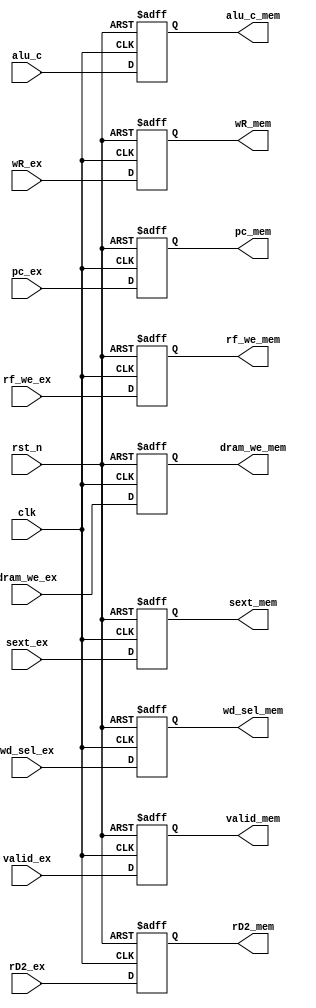
`timescale 1ns / 1ps
//////////////////////////////////////////////////////////////////////////////////
// Company: 
// Engineer: 
// 
// Design Name: 
// Module Name: EX_MEM_reg
// Project Name: 
// Target Devices: 
// Tool Versions: 
// Description: 
// 
// Dependencies: 
// 
// Revision:
// Revision 0.01 - File Created
// Additional Comments:
// 
//////////////////////////////////////////////////////////////////////////////////


module EX_MEM_reg(
    input clk,
    input rst_n,
    input rf_we_ex,
    input dram_we_ex,
    input valid_ex,
    input [1:0] wd_sel_ex,
    input [4:0] wR_ex,
    input [31:0] sext_ex,
    input [31:0] pc_ex,
    input [31:0] alu_c,
    input [31:0] rD2_ex,
    output reg rf_we_mem,
    output reg dram_we_mem,
    output reg [1:0] wd_sel_mem,
    output reg valid_mem,
    output reg [4:0] wR_mem,
    output reg [31:0] sext_mem,
    output reg [31:0] pc_mem,
    output reg [31:0] alu_c_mem,
    output reg [31:0] rD2_mem
    );
    
    always @ (posedge clk or negedge rst_n) begin    
        if(~rst_n) rf_we_mem <= 1'b0;    
        else       rf_we_mem <= rf_we_ex;    
    end      
    
    always @ (posedge clk or negedge rst_n) begin    
        if(~rst_n) wR_mem <= 5'b00000;    
        else       wR_mem <= wR_ex;    
    end      
    
    
    always @ (posedge clk or negedge rst_n) begin
        if(~rst_n) dram_we_mem <= 1'b0;
        else       dram_we_mem <= dram_we_ex;
    end
    
    always @ (posedge clk or negedge rst_n) begin
        if(~rst_n) wd_sel_mem <= 2'b00;
        else       wd_sel_mem <= wd_sel_ex;
    end    
    
    always @ (posedge clk or negedge rst_n) begin
        if(~rst_n) sext_mem <= 32'h00000000;
        else       sext_mem <= sext_ex;
    end   
    
    always @ (posedge clk or negedge rst_n) begin
        if(~rst_n) pc_mem <= 32'h0;
        else       pc_mem <= pc_ex;
    end     
    
    always @ (posedge clk or negedge rst_n) begin
        if(~rst_n) alu_c_mem <= 32'h00000000;
        else       alu_c_mem <= alu_c;
    end   
    
    always @ (posedge clk or negedge rst_n) begin
        if(~rst_n) rD2_mem <= 32'h00000000;
        else       rD2_mem <= rD2_ex;
    end     
    
    always @ (posedge clk or negedge rst_n) begin
        if(~rst_n) valid_mem <= 1'b0;
        else      valid_mem <= valid_ex;
    end
    
endmodule